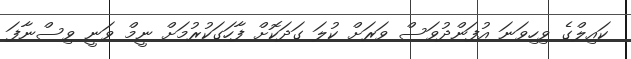
ކައިލްގެ ވިހިވަނަ އުފަންދުވަސް ވަރަށް ކުލަ ގަދަކޮށް ފާހަގަކުރުމަށް ނީމް ވަނީ ވިސްނާފަ